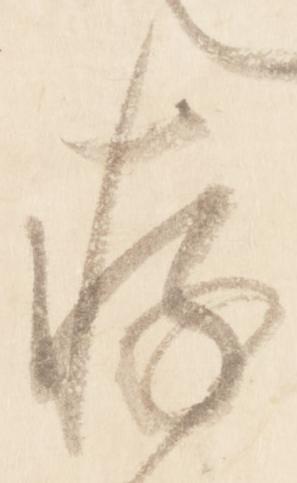
存